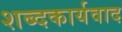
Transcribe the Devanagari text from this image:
शब्दकार्यवाद